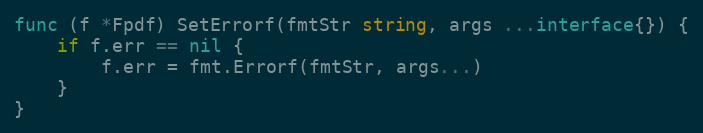
Language: Go
func (f *Fpdf) SetErrorf(fmtStr string, args ...interface{}) {
	if f.err == nil {
		f.err = fmt.Errorf(fmtStr, args...)
	}
}